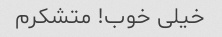
خیلی خوب! متشکرم